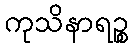
ကုသိနာရဉ္စ